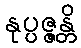
နုပ္ပဇ္ဇန္တိ